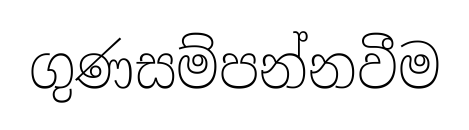
ගුණසම්පන්නවීම